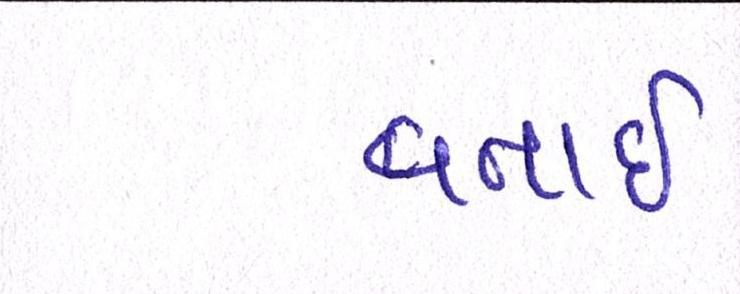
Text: વતાર્ઇ